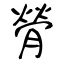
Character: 膋